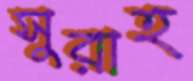
সুরাহ